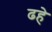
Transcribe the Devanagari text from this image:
ढहे